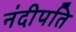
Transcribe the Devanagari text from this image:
नंदीपति